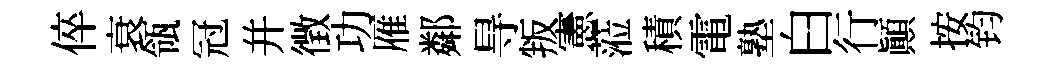
倅衰瓴冠幷徴功雁鄰㝵叛憲蒞積電塾白行顚按钧